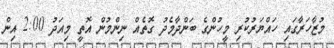
މުޒާހަރާގައި ހައްޔަރުކުރި މީހުންގެ ބަންދާމެދު ގޮތެއް ނިންމުން އޮތީ މިއަދު 2:00 އިން